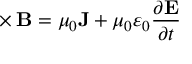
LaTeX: \mathbf { \nabla } \times \mathbf { B } = \mu _ { 0 } \mathbf { J } + \mu _ { 0 } \varepsilon _ { 0 } { \frac { \partial \mathbf { E } } { \partial t } }